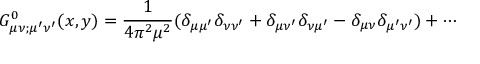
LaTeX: G _ { \mu \nu ; \mu ^ { \prime } \nu ^ { \prime } } ^ { 0 } ( x , y ) = \frac { 1 } { 4 \pi ^ { 2 } \mu ^ { 2 } } ( \delta _ { \mu \mu ^ { \prime } } \delta _ { \nu \nu ^ { \prime } } + \delta _ { \mu \nu ^ { \prime } } \delta _ { \nu \mu ^ { \prime } } - \delta _ { \mu \nu } \delta _ { \mu ^ { \prime } \nu ^ { \prime } } ) + \cdots